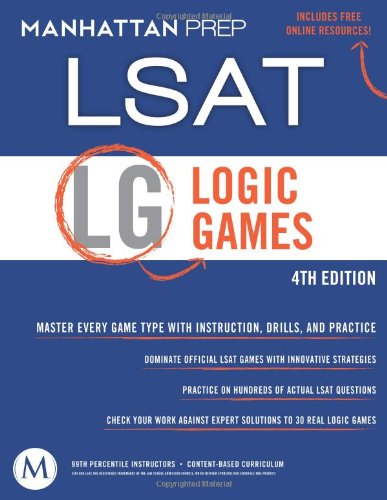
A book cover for Logic Games: LSAT Strategy Guide, 4th Edition; Manhattan Prep; Test Preparation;